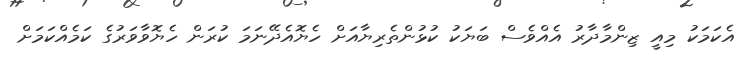
އެކަމަކު މިއީ ޒިންމާދާރު އެއްވެސް ބަޔަކު ކުޅުންތެރިޔާއަށް ހެޔޮއެދޭނަމަ ކުރަން ހެޔޮވާވަރުގެ ކަމެއްކަމަށް